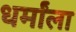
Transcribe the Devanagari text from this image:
धर्मांला